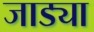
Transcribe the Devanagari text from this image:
जाड्या